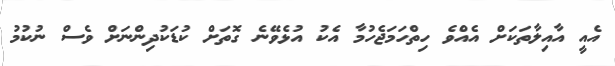
އެއީ އާއިލާތަކަށް އެއްވެ ހިތްހަމަޖެހުމާ އެކު އުޅެވޭނެ ގޮތަށް ކުޑަކުދިންނަށް ވެސް ނުކުމު